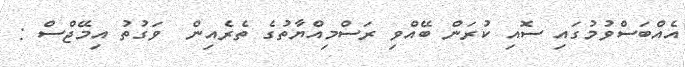
އެއްބަސްވުމުގައި ސޮއި ކުރަން ބޭއްވި ރަސްމިއްޔާތުގެ ތެރެއިން  ވަގުތު އިމޭޖްސް :